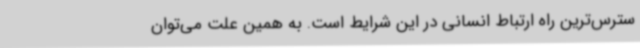
سترس‌ترین راه ارتباط انسانی در این شرایط است. به همین علت می‌توان